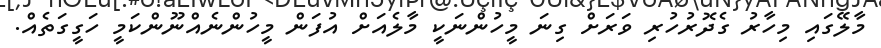
މާލޭގައި މިހާރު ގެދޮރުހުރި ވަރަށް ގިނަ މީހުންނަކީ މާލެއަށް އުފަން މީހުންނެއްނޫންކަމީ ހަގީގަތެއް.